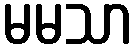
မမသာ